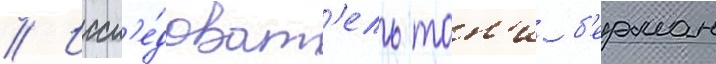
// Иссл'е́доват'ель тон'и б'ерман